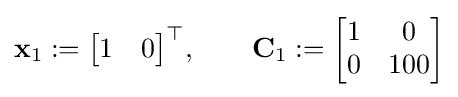
\mathbf {x} _{1}:={\begin{bmatrix}1&0\end{bmatrix}}^{\top },\qquad \mathbf {C} _{1}:={\begin{bmatrix}1&0\\0&100\end{bmatrix}}